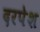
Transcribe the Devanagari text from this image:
दरपेश